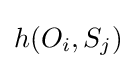
h(O_{i},S_{j})